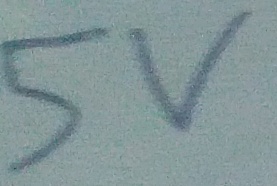
Text: 5V